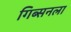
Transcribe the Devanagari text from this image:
गिब्सनला